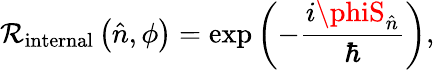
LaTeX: \mathcal{R}_{\mathrm{{internal}}}\left({\hat{{n}}},\phi\right)=\exp\left(-{\frac{{i\phiS_{\hat{{n}}}}}{{\hbar}}}\right),